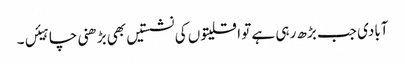
آبادی جب بڑھ رہی ہے تو اقلیتوں کی نشستیں بھی بڑھنی چاہیئں۔